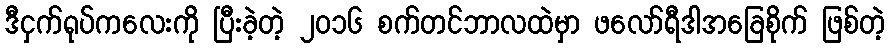
ဒီငှက်ရုပ်ကလေးကို ပြီးခဲ့တဲ့ ၂၀၁၆ စက်တင်ဘာလထဲမှာ ဖလော်ရီဒါအခြေစိုက် ဖြစ်တဲ့